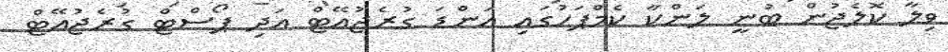
ވިލާ ކޮލެޖުން ބުނީ ލަންކާ ކެމްޕަހުގައި އަންޑަ ގުރެޖުއޭޓް އަދި ޕޯސްޓް ގުރެޖުއޭޓް